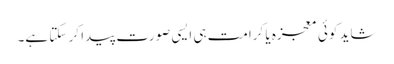
شاید کوئی معجزہ یا کرامت ہی ایسی صورت پیدا کر سکتا ہے۔